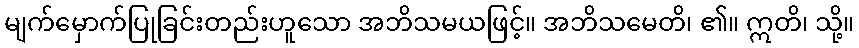
မျက်မှောက်ပြုခြင်းတည်းဟူသော အဘိသမယဖြင့်။ အဘိသမေတိ၊ ၏။ ဣတိ၊ သို့။